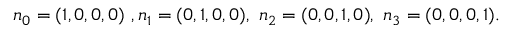
n _ { 0 } = ( 1 , 0 , 0 , 0 ) ~ , n _ { 1 } = ( 0 , 1 , 0 , 0 ) , ~ n _ { 2 } = ( 0 , 0 , 1 , 0 ) , ~ n _ { 3 } = ( 0 , 0 , 0 , 1 ) .